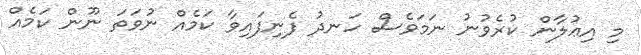
މި އިޢުލާން ކުރެވުނު ނަމަވެސް ހަނދު ފެނިފައިވާ ކަމެއް ނުވަތަ ނޫން ކަމެއް